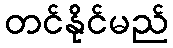
တင်နိုင်မည်